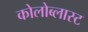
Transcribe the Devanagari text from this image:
कोलोब्लास्ट